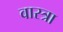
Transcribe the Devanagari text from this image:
वास्त्रा